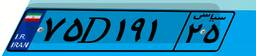
۷۵D۱۹۱۲۵